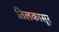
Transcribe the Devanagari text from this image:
तिलकासूर